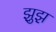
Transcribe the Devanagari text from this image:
झ़ुझ़